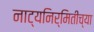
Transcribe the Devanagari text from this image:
नाट्यनिर्मितीच्या